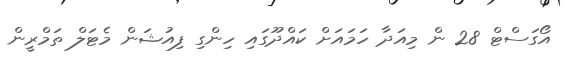
އޯގަސްޓް 28 ން މިއަދާ ހަމައަށް ކައްދޫގައި ހިންގި ފިއުޝަން މެޓަލް ތަމްރީން